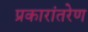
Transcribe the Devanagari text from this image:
प्रकारांतरेण